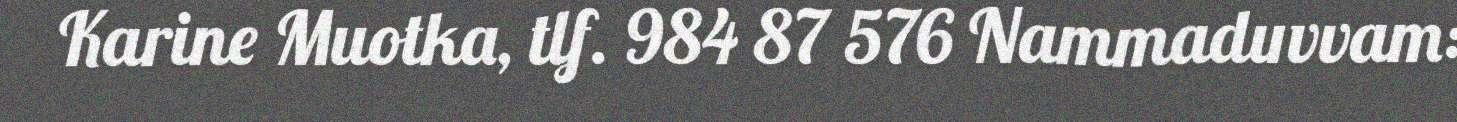
Karine Muotka, tlf. 984 87 576 Nammaduvvam: